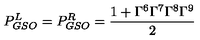
P _ { G S O } ^ { L } = P _ { G S O } ^ { R } = \frac { 1 + \Gamma ^ { 6 } \Gamma ^ { 7 } \Gamma ^ { 8 } \Gamma ^ { 9 } } { 2 }